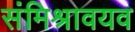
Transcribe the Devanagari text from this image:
संमिश्रावयव